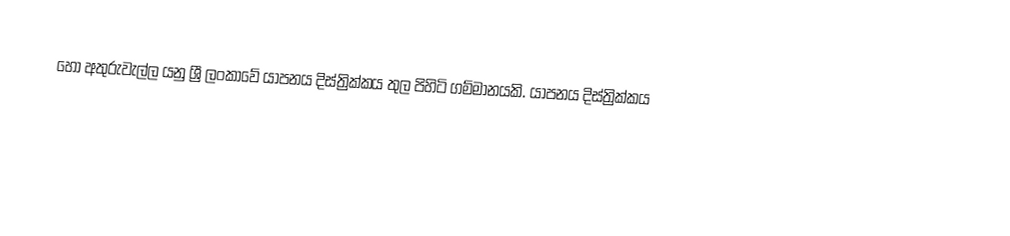
හෝ අතුරුවැල්ල යනු ශ්‍රී ලංකාවේ යාපනය දිස්ත්‍රික්කය තුල පිහිටි ගම්මානයකි.  යාපනය දිස්ත්‍රික්කය